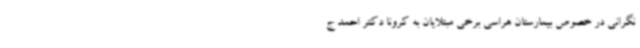
نگرانی در خصوص بیمارستان هراسی برخی مبتلایان به کرونا دکتر احمد ج